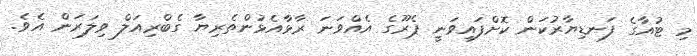
މި ޓުއާގެ ފަނޑިޔާރުކަން ކޮށްފައިވަނީ ޕެރޫގެ އެއްވަނަ ރާޅާއެޅުންތެރިޔާ ގެބްރިއަލް ވިލަރަން އެވެ.